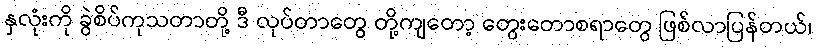
နှလုံးကို ခွဲစိပ်ကုသတာတို့ ဒီ လုပ်တာတွေ တို့ကျတော့ တွေးတောစရာတွေ ဖြစ်လာပြန်တယ်၊